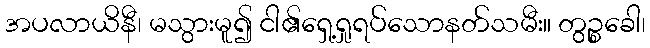
အပလာယိနီ၊ မသွားမူ၍ ငါ၏ရှေ့ရှုရပ်သောနတ်သမီး။ တွဉ္စခေါ၊